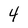
Character: 4